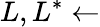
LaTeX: L,L^{\ast}\gets